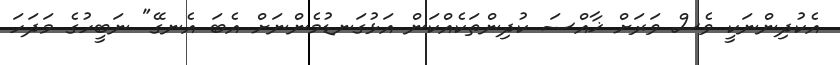
އެކުދިންނަކީ ވެސް ވަރަށް ޚާއްސަ ކުދިންތަކެއްކަން އަޅުގަނޑުމެންނަށް އެބަ އެނގޭ" ނަބީހުގެ މަދަހަ